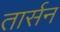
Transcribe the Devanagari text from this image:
तार्सन